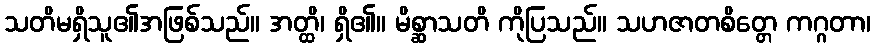
သတိမရှိသူ၏အဖြစ်သည်။ အတ္ထိ၊ ရှိ၏။ မိစ္ဆာသတိ ကိုပြသည်။ သဟဇာတစိတ္တေ ကဂ္ဂတာ၊